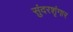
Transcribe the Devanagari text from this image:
सुंदरशृंगार